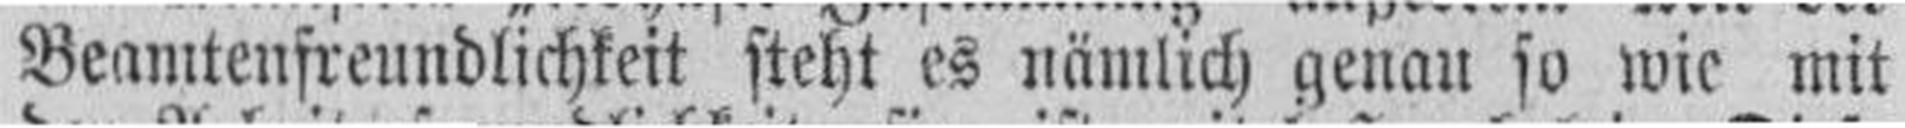
Beamtenfreundlichkeit steht es nämlich genau so wie mit